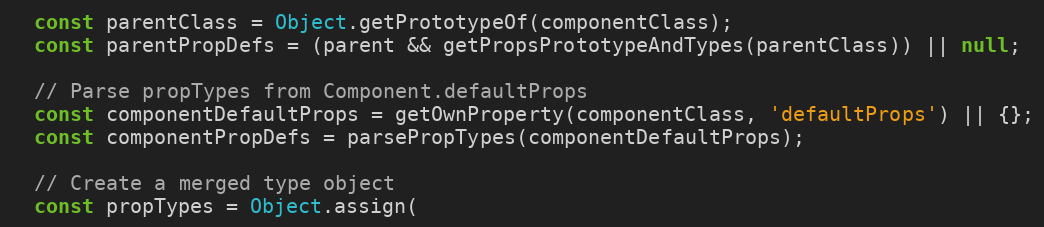
Language: JavaScript
  const parentClass = Object.getPrototypeOf(componentClass);
  const parentPropDefs = (parent && getPropsPrototypeAndTypes(parentClass)) || null;

  // Parse propTypes from Component.defaultProps
  const componentDefaultProps = getOwnProperty(componentClass, 'defaultProps') || {};
  const componentPropDefs = parsePropTypes(componentDefaultProps);

  // Create a merged type object
  const propTypes = Object.assign(